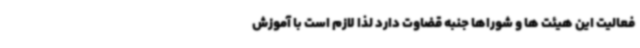
فعالیت این هیئت ها و شوراها جنبه قضاوت دارد لذا لازم است با آموزش